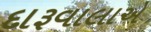
દારૂવાલાએ